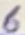
Text: 6